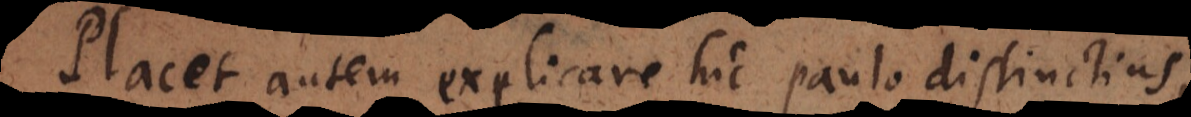
Placet autem explicare hic paulo distinctius,